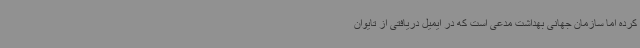
کرده اما سازمان جهانی بهداشت مدعی است که در ایمیل دریافتی از تایوان